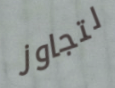
لتجاوز